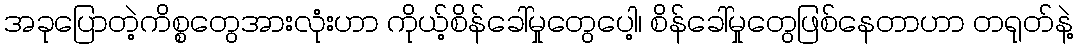
အခုပြောတဲ့ကိစ္စတွေအားလုံးဟာ ကိုယ့်စိန်ခေါ်မှုတွေပေါ့၊ စိန်ခေါ်မှုတွေဖြစ်နေတာဟာ တရုတ်နဲ့